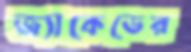
জ্যাকেডের